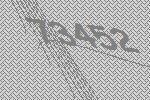
73452